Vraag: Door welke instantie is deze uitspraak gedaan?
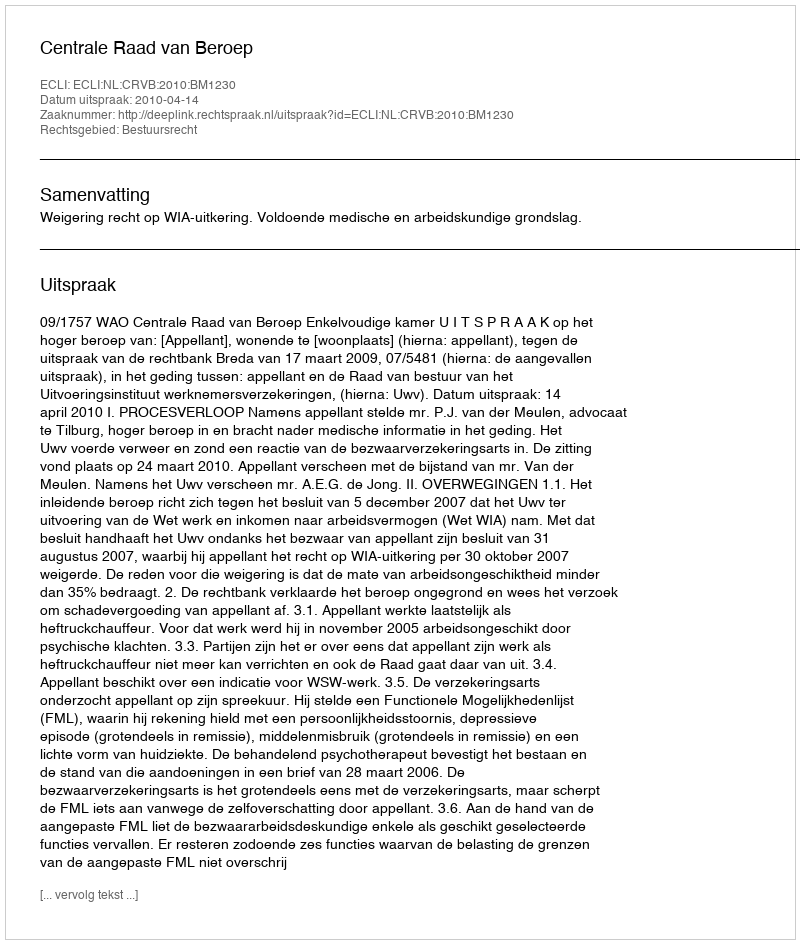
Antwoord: Centrale Raad van Beroep